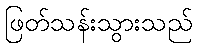
ဖြတ်သန်းသွားသည်